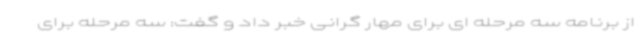
از برنامه سه مرحله ای برای مهار گرانی خبر داد و گفت: سه مرحله برای